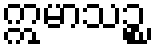
ဣမာသဉ္စ